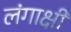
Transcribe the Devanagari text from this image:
लंगाक्षी